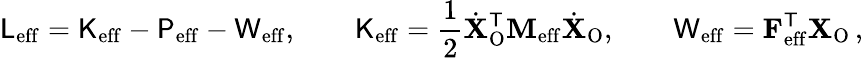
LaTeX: \mathsf{L}_{\mathrm{eff}}=\mathsf{K}_{\mathrm{eff}}-\mathsf{P}_{\mathrm{eff}}-\mathsf{W}_{\mathrm{eff}},\qquad\mathsf{K}_{\mathrm{eff}}=\frac{1}{2}\dot{\mathbf{X}}_{\mathrm{O}}^{\mathsf{T}}\mathbf{M}_{\mathrm{eff}}\dot{\mathbf{X}}_{\mathrm{O}},\qquad\mathsf{W}_{\mathrm{eff}}=\mathbf{F}_{\mathrm{eff}}^{\mathsf{T}}\mathbf{X}_{\mathrm{O}}\, ,